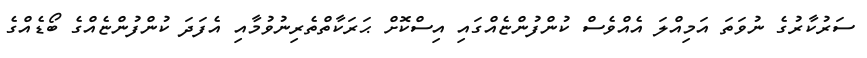
ސަރުކާރުގެ ނުވަތަ އަމިއްލަ އެއްވެސް ކުންފުންޏެއްގައި އިސްކޮށް ޙަރަކާތްތެރިނުވުމާއި އެފަދަ ކުންފުންޏެއްގެ ބޯޑެއްގެ